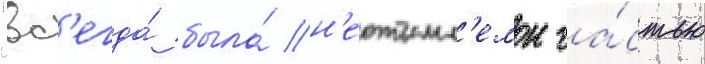
"вс'егда́ была́ н'еотъемл'емои ча́стью